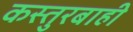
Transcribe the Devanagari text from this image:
कस्तुरबाही